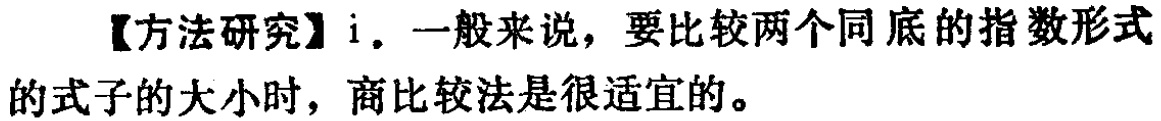
【方法研究】i. 一般来说，要比较两个同底的指数形式的式子的大小时，商比较法是很适宜的。